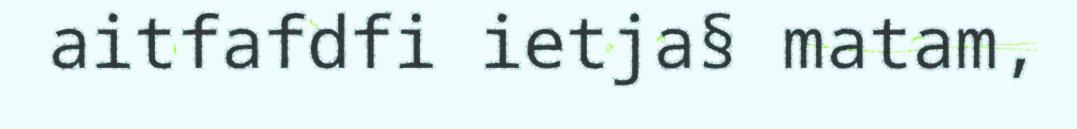
aitfafdfi ietja§ matam,